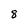
Character: 8